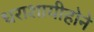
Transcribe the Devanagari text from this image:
धराशायीहोने